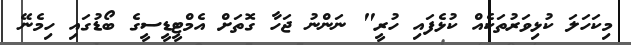
މިކަހަލަ ކުޅިވަރުތަކެއް ކުޅެފައި ހުރީ" ނަންނު ޖަހާ ގޮތަށް އެމްޓީޑީސީގެ ބޯޑުގައި ހިމެނޭ